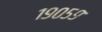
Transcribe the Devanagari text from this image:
१९०५९